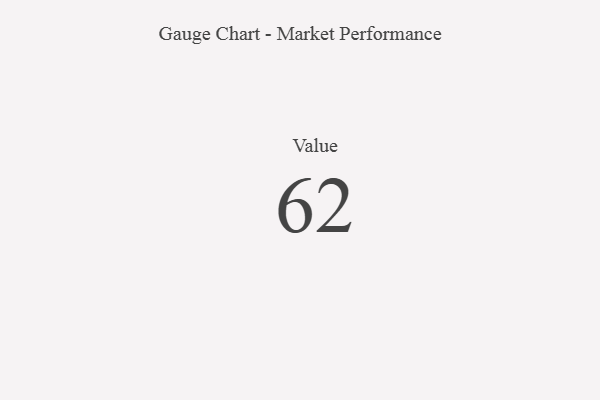
{"axis": {"x": "Metric", "y": "Value"}, "legend": [""], "data": [{"x": "Value", "y": 62, "type": ""}]}